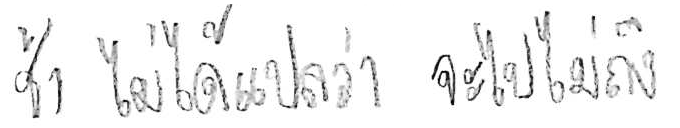
ช้า ไม่ได้แปลว่า จะไปไม่ถึง